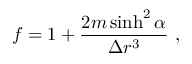
f = 1 + \frac { 2 m \sinh ^ { 2 } \alpha } { \Delta r ^ { 3 } } \ ,